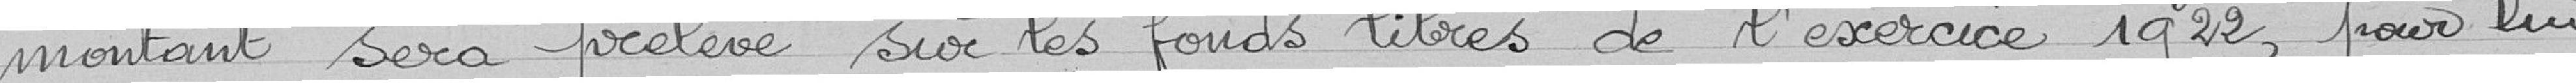
montant sera prélevé sur les fonds libres de l'exercice 1922, pour lui